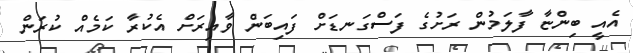
އެއީ ބިންޏާ ފާލަމުން ރަށުގެ ފަސްގަނޑަށް ފައިބަން ވާއިރަށް އެކުރާ ކަމެއް ކުރަން